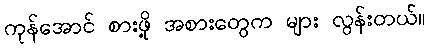
ကုန်အောင် စားဖို့ အစားတွေက များ လွန်းတယ်။